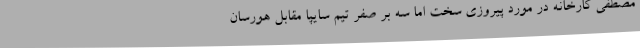
مصطفی کارخانه در مورد پیروزی سخت اما سه بر صفر تیم سایپا مقابل هورسان